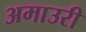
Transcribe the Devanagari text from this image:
अमाउरी